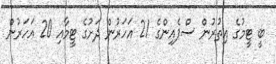
ބީ ޓީމުގެ އިތުރުން ސްޕެއިންގެ 21 އަހަރުން ދަށުގެ ޓީމާއި 20 އަހަރުން